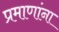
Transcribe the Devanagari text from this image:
प्रमाणांना